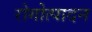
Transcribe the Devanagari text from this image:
रोगोत्पादन